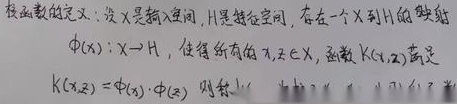
核函数的定义：设 \(X\) 是输入空间，\(H\) 是特征空间，存在一个 \(X\) 到 \(H\) 的映射\(\phi(x):X\rightarrow H\)，使得所有的 \(x_1,x_2 \in X\)，函数 \(K(x_1,x_2)\) 满足
\[K(x_1,x_2)=\phi(x_1)\cdot\phi(x_2)\]
则称